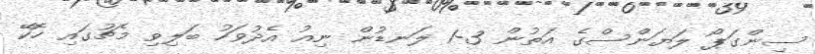
ސިންގަޕޯ ލަޔަންސްގެ އަތުން 3-1 ލަނޑުން ނިއު އެދުވަހު ބަލިވި މެޗުގައި ހޮކޭ